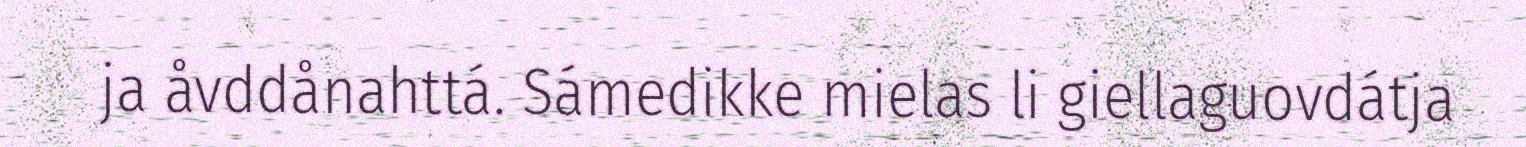
ja åvddånahttá. Sámedikke mielas li giellaguovdátja